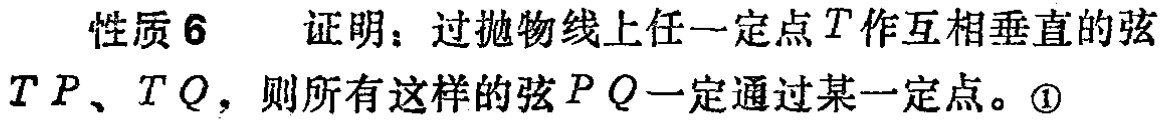
性质 6  证明：过抛物线上任一定点 \(T\) 作互相垂直的弦 \(TP\)、\(TQ\)，则所有这样的弦 \(PQ\) 一定通过某一定点。\textcircled{1}